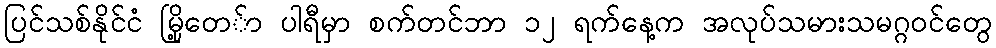
ပြင်သစ်နိုင်ငံ မြို့တေ်ာ ပါရီမှာ စက်တင်ဘာ ၁၂ ရက်နေ့က အလုပ်သမားသမဂ္ဂဝင်တွေ